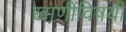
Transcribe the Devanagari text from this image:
खाणींविषयी